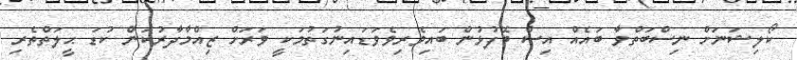
ކޯލިޝަނަށް ނިސްބަތްވާ ބައެއް އިސް ބޭފުޅުން ބައިވެރިވެވަޑައިނުގަތުމަކީ ވަރަށް ޒިއްމާދާރުކަން ކުޑަ ޙީލަތްތެރި